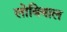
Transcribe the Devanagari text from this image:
लोबियाल